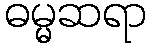
ဓမ္မဆရာ